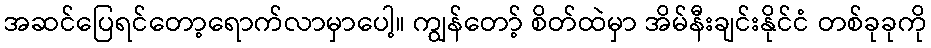
အဆင်ပြေရင်တော့ရောက်လာမှာပေါ့။ ကျွန်တော့် စိတ်ထဲမှာ အိမ်နီးချင်းနိုင်ငံ တစ်ခုခုကို